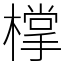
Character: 𣛟